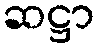
ဆဋ္ဌာ